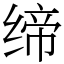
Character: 缔